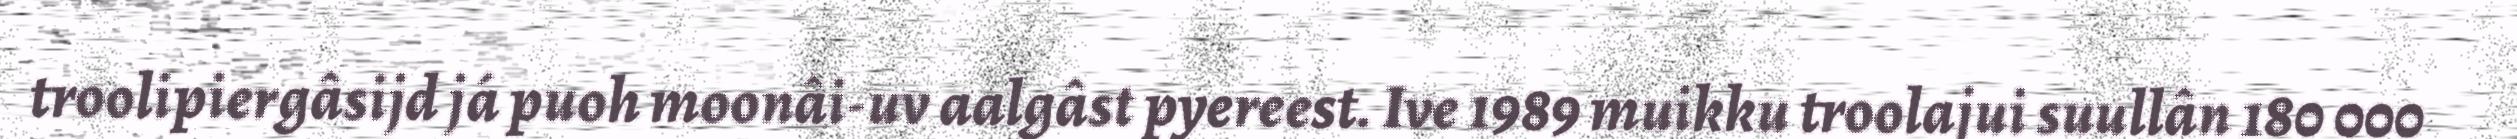
troolipiergâsijd já puoh moonâi-uv aalgâst pyereest. Ive 1989 muikku troolajui suullân 180 000